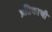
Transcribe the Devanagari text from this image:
प्रतिकाची